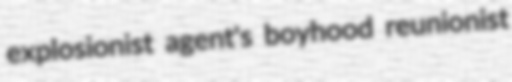
explosionist agent's boyhood reunionist